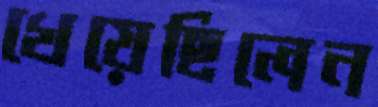
খেয়েছিলেন